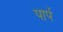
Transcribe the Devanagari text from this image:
पार्प